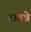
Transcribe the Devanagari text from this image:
राबन्ने